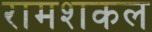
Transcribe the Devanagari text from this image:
रामशकल